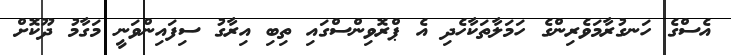
އެސްގެ ހަނގުރާމަވެރިންގެ ހަމަލާތަކާހެދި އެ ޕްރޮވިންސްގައި ތިބި އިރާގު ސިފައިންވަނީ މަގާމު ދޫކޮށް